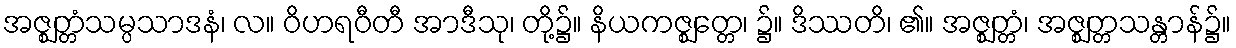
အဇ္ဈတ္တံသမ္ပသာဒနံ၊ လ။ ဝိဟရဝီတီ အာဒီသု၊ တို့၌။ နိယကဇ္ဈတ္တေ၊ ၌။ ဒိဿတိ၊ ၏။ အဇ္ဈတ္တံ၊ အဇ္ဈတ္တသန္တာန်၌။